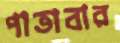
পাতাবার